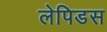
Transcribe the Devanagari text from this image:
लेपिडस